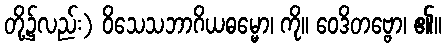
တို့၌လည်း) ဝိသေသဘာဂိယဓမ္မော၊ ကို။ ဝေဒိတဗ္ဗော၊ ၏။